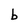
Character: b